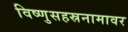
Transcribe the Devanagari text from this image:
विष्णुसहस्रनामावर